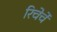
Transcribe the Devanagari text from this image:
रिचेर्चे